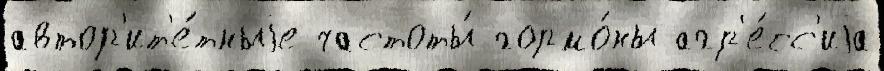
автор'ит'е́тныjе частоты́ гормо́ны агр'е́сс'иjа